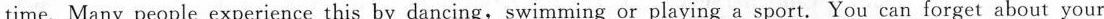
time. Many people experience this by dancing,swimming or playing a sport. You can forget about your